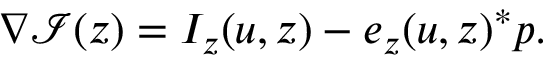
\nabla \mathcal { I } ( z ) = I _ { z } ( u , z ) - e _ { z } ( u , z ) ^ { * } p .